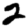
Digit: 2